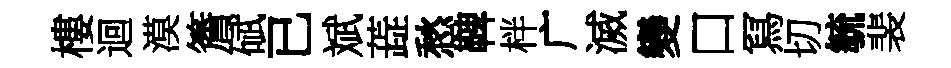
樓迴漠簷碔已斌蕋愁鞞柈广滅變口冩切毓裴